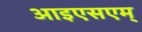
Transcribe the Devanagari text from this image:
आइएसएम्